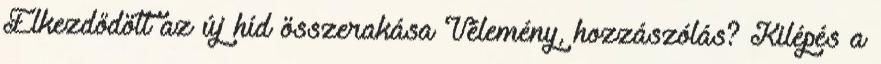
Elkezdődött az új híd összerakása Vélemény, hozzászólás? Kilépés a